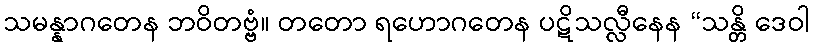
သမန္နာဂတေန ဘဝိတဗ္ဗံ။ တတော ရဟောဂတေန ပဋိသလ္လီနေန “သန္တိ ဒေဝါ